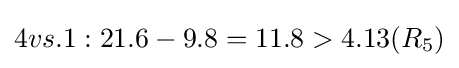
4vs.1:21.6-9.8=11.8>4.13(R_{5})